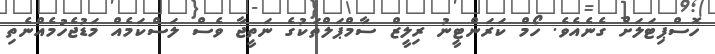
ހޮސްޕިޓަލަށް ގެނެއެވެ. ހޯމް ކަރަންޓީނު ރިލީޒް ސާމްޕަލްތަކުގެ ނަތީޖާ ވެސް ލަސްކަމެއް މަޑުޖެހުމެއްނެތި